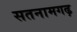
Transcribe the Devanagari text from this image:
सतनामगढ़